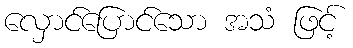
လှောင်ပြောင်သော အသံ ဖြင့်